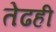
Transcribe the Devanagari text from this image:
तेढही